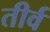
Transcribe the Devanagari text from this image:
तीर्व